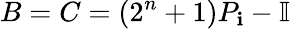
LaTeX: B=C=\left(2^{n}+1\right)P_{\mathbf{i}}-\mathbb{{I}}